画像に写った文字を読んでください
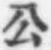
「公」と書いてあります